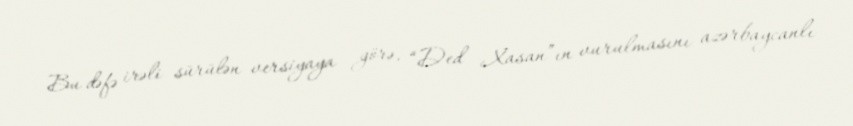
Bu dəfə irəli sürülən versiyaya görə, “Ded Xasan”ın vurulmasını azərbaycanlı